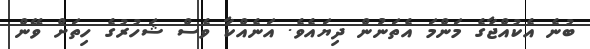
ބުނެ އެކުއްޖާގެ މަންމަ އެެތަނުން ދިޔައެވެ. އަނެއްކާ ވެސް ޝަހުރުގެ ހިތަށް ވޭން